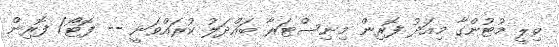
ވިލީ މުޓުންގާ މިއަދު ފޮރިން މިނިސްޓަރާ ބައްދަލު ކުރައްވަނީ -- ފޮޓޯ/ ފޮރިން